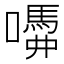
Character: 𡂣